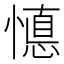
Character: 𱟇